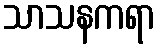
သာသနကရာ